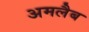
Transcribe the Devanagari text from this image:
अमलैब